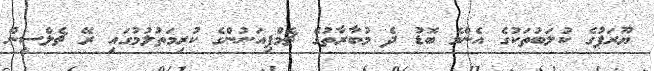
ޔޫރަޕުގެ ކުލަބުތަކުގެ އެންމެ ބޮޑު ދެ މުބާރާތުގެ ޗެމްޕިއަނުންގެ ކުރިމަތުލުމުގައި ރޭ ޗެލްސީން